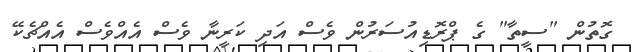
ގޮތުން "ސީތާ" ގެ ޕްރޮޑިއުސަރުން ވެސް އަދި ކަރީނާ ވެސް އެއްވެސް އެއްޗެކޭ